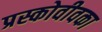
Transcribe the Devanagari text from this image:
प्रस्कोवीवका